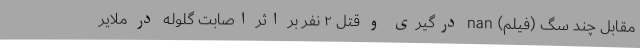
مقابل چند سگ (فیلم) nan درگیری و قتل ۲ نفر بر اثر اصابت گلوله در ملایر